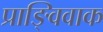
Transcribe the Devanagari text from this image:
प्राङ्विवाक